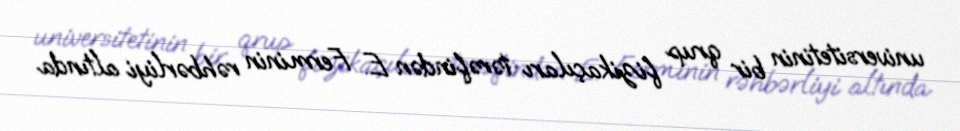
universitetinin bir qrup fizikaçıları tərəfindən E. Ferminin rəhbərliyi altında